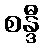
စန္ဒီ